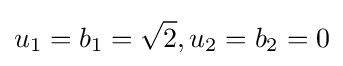
u_{1}=b_{1}={\sqrt {2}},u_{2}=b_{2}=0